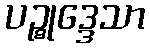
ပဉ္စုဒ္ဒေသာ